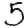
Digit: 5